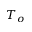
T _ { o }